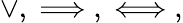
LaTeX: \lor,\implies,\iff,